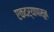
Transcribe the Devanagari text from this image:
एकदर्‍यापासून